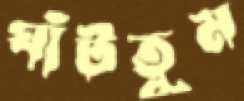
ঘাঁটতুম